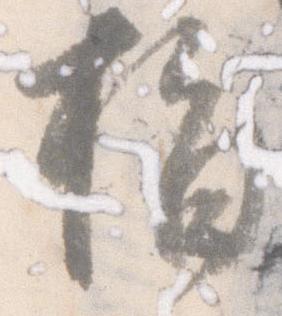
指